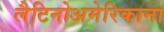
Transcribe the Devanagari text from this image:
लैटिनोअमेरिकाना